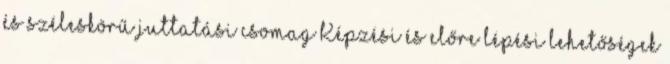
és széleskörű juttatási csomag Képzési és előre lépési lehetőségek